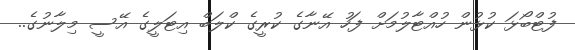
ފުޓްބޯޅަ ކުޅުން ހުއްޓާލުމަށް ފަހު އޭނާގެ ކުރީގެ ކްލަބް އިޓަލީގެ އޭސީ މިލާނުގެ..